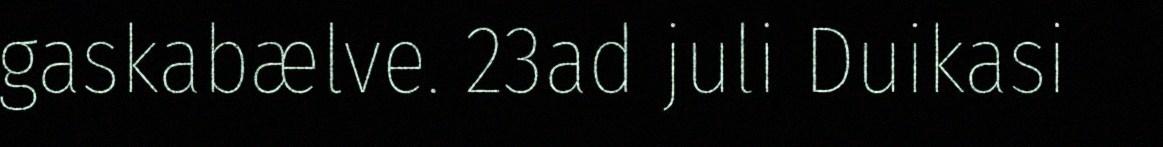
gaskabælve. 23ad juli Duikasi